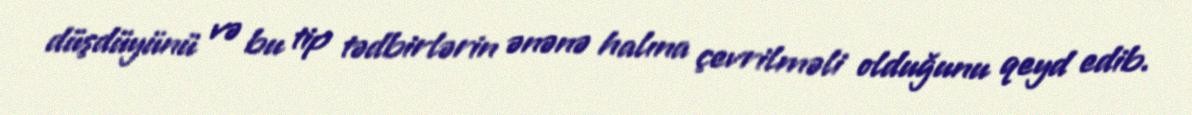
düşdüyünü və bu tip tədbirlərin ənənə halına çevrilməli olduğunu qeyd edib.